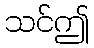
သင်ဤ